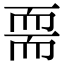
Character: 𦓔